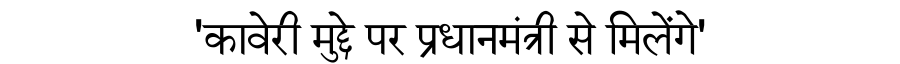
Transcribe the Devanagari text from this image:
'कावेरी मुद्दे पर प्रधानमंत्री से मिलेंगे'